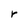
Character: r